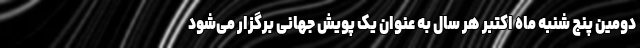
دومین پنج شنبه ماه اکتبر هر سال به عنوان یک پویش جهانی برگزار می‌شود